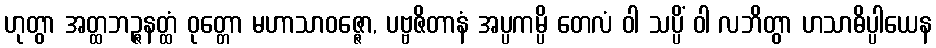
ဟုတွာ အတ္ထဘဉ္ဇနတ္ထံ ဝုတ္တော မဟာသာဝဇ္ဇော, ပဗ္ဗဇိတာနံ အပ္ပကမ္ပိ တေလံ ဝါ သပ္ပိံ ဝါ လဘိတွာ ဟသာဓိပ္ပါယေန